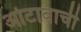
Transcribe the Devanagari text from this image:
ओटावाची